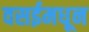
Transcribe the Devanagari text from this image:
वसईमधून